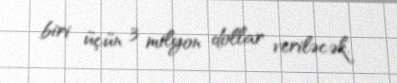
biri üçün 3 milyon dollar veriləcək.